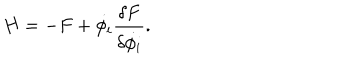
H = - F + \dot { \phi _ { i } } { \frac { \delta F } { \delta \dot { \phi _ { i } } } } .